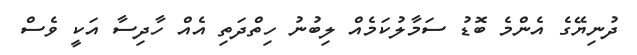
ދުނިޔޭގެ އެންމެ ބޮޑު ސަމާލުކަމެއް ލިބުނު ހިތްދަތި އެއް ހާދިސާ އަކީ ވެސް